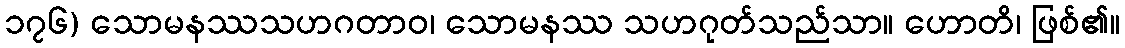
၁၇၆) သောမနဿသဟဂတာဝ၊ သောမနဿ သဟဂုတ်သည်သာ။ ဟောတိ၊ ဖြစ်၏။